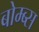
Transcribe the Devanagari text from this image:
बोम्ब्स